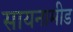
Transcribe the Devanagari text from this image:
सायनामीड